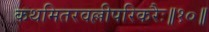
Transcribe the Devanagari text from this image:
कथमितरवल्लीपरिकरैः॥१०॥